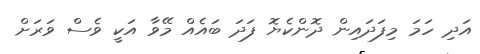
އަދި ހަމަ މިފަދައިން ދޮންކެޔޮ ފަދަ ބައެއް މޭވާ އަކީ ވެސް ވަރަށް